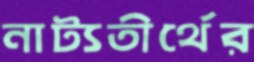
নাট্যতীর্থের